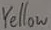
Text: Yellow